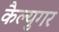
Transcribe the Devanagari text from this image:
कैल्युगर